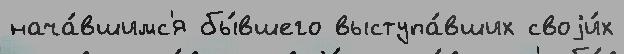
нача́вшимс'я бы́вшего выступа́вших своjи́х